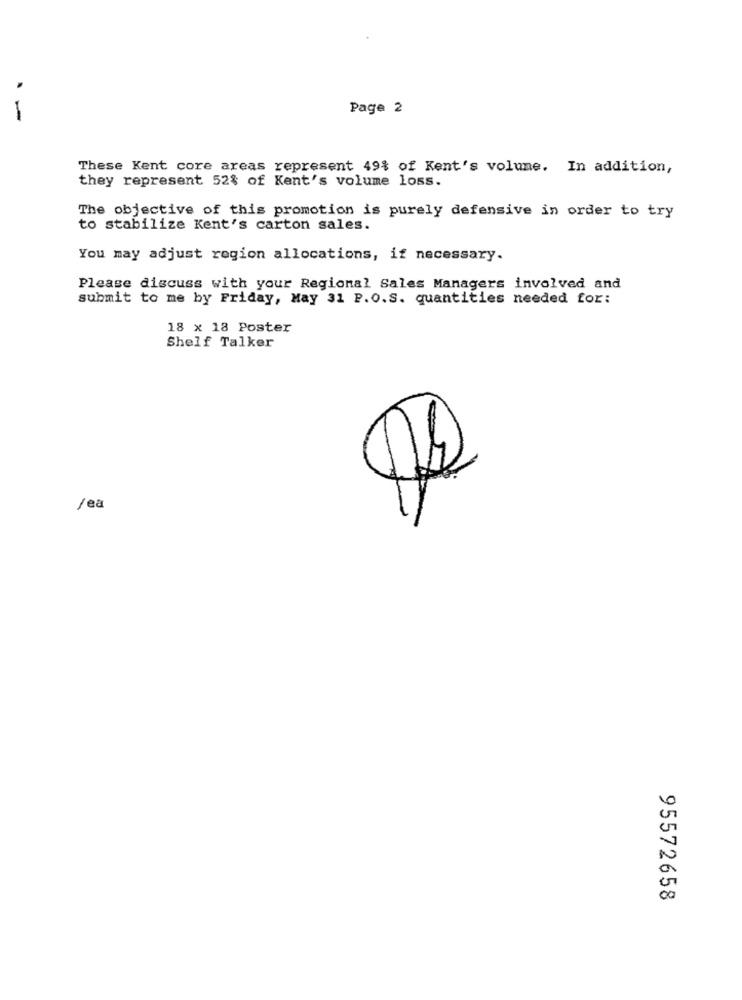
Page 2
These Kent core areas represent 49% of Kent's volume. In addition,
they represent 52% of Kent's volume loss.
The objective of this promotion is purely defensive in order to try
to stabilize Kent's carton sales.
You may adjust region allocations, if necessary.
Please discuss with your Regional Sales Managers involved and
submit to me by Friday, May 31 P.O.S. quantities needed for:
18 x 18 Poster
Shelf Talker
Jea
95572658